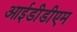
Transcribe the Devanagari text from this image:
आईडीडीएम